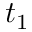
t _ { 1 }